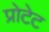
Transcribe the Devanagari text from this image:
प्रोटेट